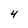
Character: 4